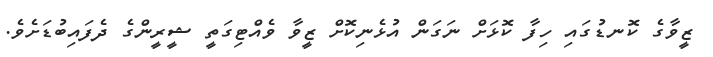
ޒީވާގެ ކޮނޑުގައި ހިފާ ކޮޅަށް ނަގަން އުޅެނިކޮށް ޒީވާ ވެއްޓިގަތީ ޝީރީންގެ ދެފައިބުޑަށެވެ.